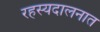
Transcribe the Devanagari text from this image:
रहस्यदालनात